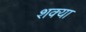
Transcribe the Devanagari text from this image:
शक्या